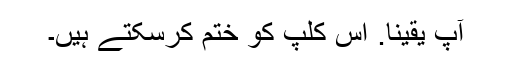
آپ یقینا. اس کلپ کو ختم کرسکتے ہیں۔